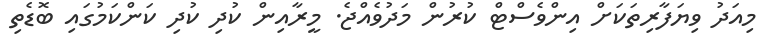
މިއަދު ވިޔަފާރިތަކަށް އިންވެސްޓް ކުރުން މަދުވެއްޖެ. މީރާއިން ކުދި ކުދި ކަންކަމުގައި ބޮޑެތި